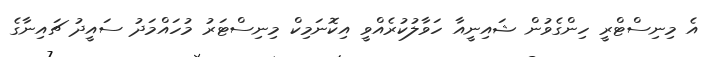
އެ މިނިސްޓްރީ ހިންގެވުން ޝައިނީއާ ހަވާލުކުރެއްވީ އިކޮނަމިކް މިނިސްޓަރު މުހައްމަދު ސައީދު ޗައިނާގެ